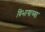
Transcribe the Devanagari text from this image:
विभागाच्‍या